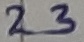
Text: 23